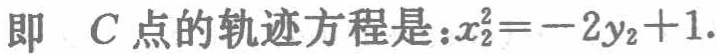
即 \(C\) 点的轨迹方程是：\(x_{2}^{2}=-2y_{2}+1\).